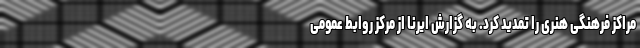
مراکز فرهنگی هنری را تمدید کرد. به گزارش ایرنا از مرکز روابط عمومی